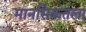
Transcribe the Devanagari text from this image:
मानसिकतला